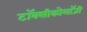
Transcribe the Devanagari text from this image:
टॉक्सीकोलॉजी